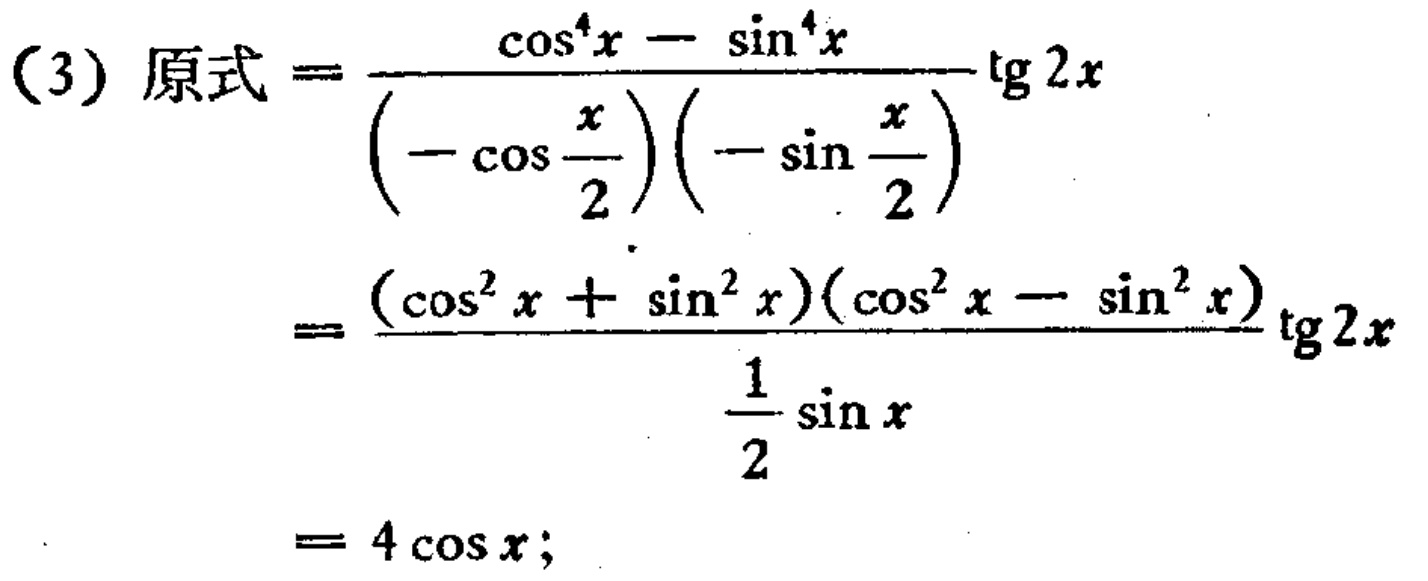
\[

\begin{align*}

(3)\ 原式&=\frac{\cos^{4}x - \sin^{4}x}{(-\cos\frac{x}{2})(-\sin\frac{x}{2})}\tg2x\\

&=\frac{(\cos^{2}x + \sin^{2}x)(\cos^{2}x - \sin^{2}x)}{\frac{1}{2}\sin x}\tg2x\\

&= 4\cos x;

\end{align*}

\]